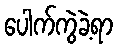
ပေါက်ကွဲခဲ့ရာ